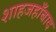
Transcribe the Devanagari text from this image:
शाहजहाँबाद